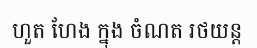
ហួត ហែង ក្នុង ចំណត រថយន្ត